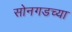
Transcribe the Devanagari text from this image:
सोनगडच्या